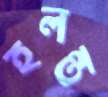
হলন্ত